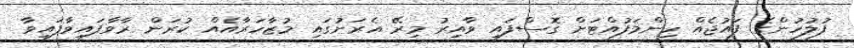
ފުލުހުންގެ ފައުޖެއް ހިންމަފުއްޓަށް ގޮސްފައި ވާއިރު މިރޭ އެރަށުގައި މުޒާހަރާއެއް ކުރަން ރާވާފައިވާފައިވާ